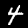
Digit: 4